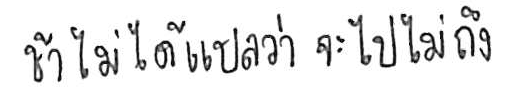
ช้า ไม่ได้แปลว่า จะไปไม่ถึง